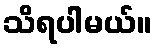
သိရပါမယ်။